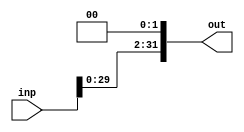
`timescale 1ns/1ps
/*
input is 26 bits and the input is shifeted by two bits to increase the value by 4
*/

module shifter(inp,out);
    input [31:0] inp;
    output reg [31:0] out;
    
    always @(inp)
    begin
        out = inp << 2;
    end
endmodule